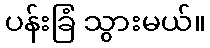
ပန်းခြံ သွားမယ်။